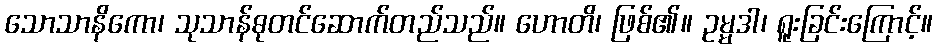
သောသာနိကော၊ သုသာန်ဓုတင်ဆောက်တည်သည်။ ဟောတိ၊ ဖြစ်၏။ ဥမ္မဒါ၊ ရူးခြင်းကြောင့်။